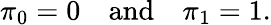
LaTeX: \pi_{0}=0\quad\mathrm{and}\quad\pi_{1}=1.